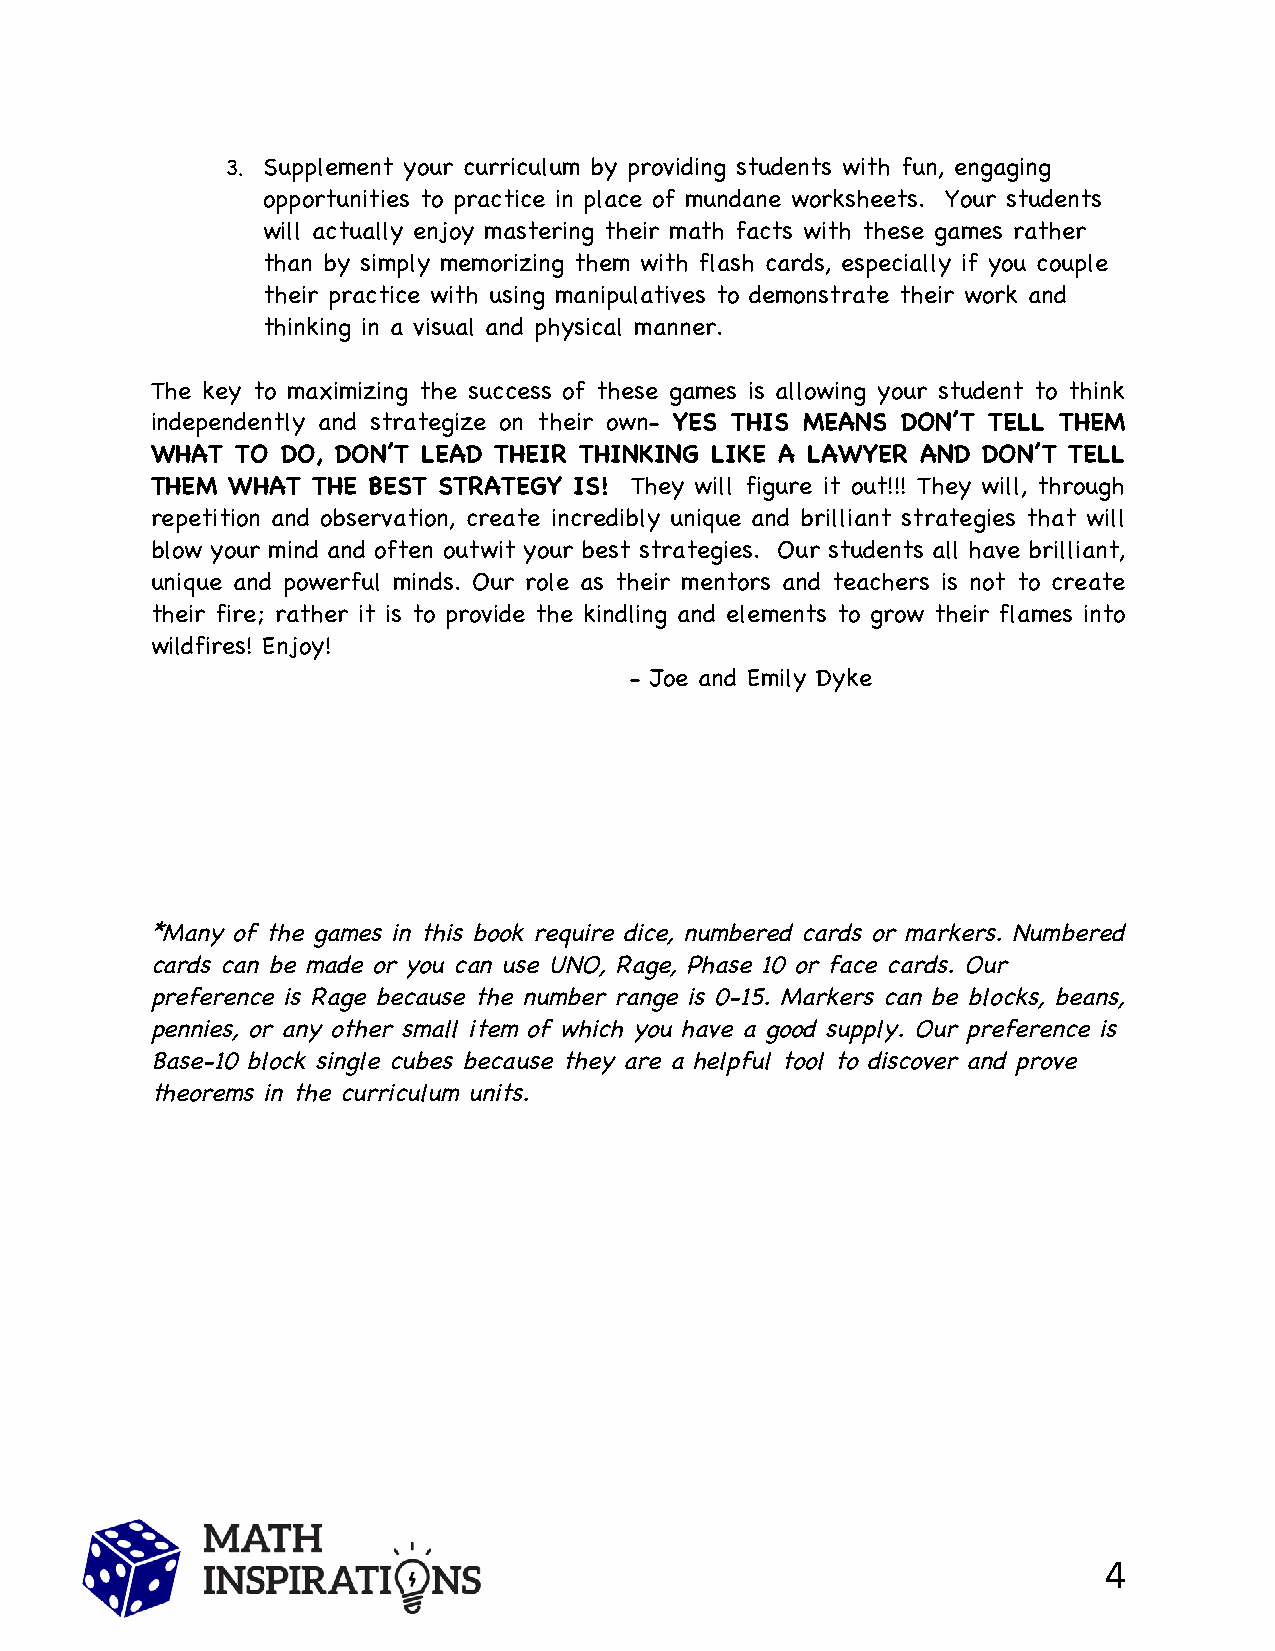
3. Supplement your curriculum by providing students with fun, engaging
 opportunities to practice in place of mundane worksheets. Your students
 will actually enjoy mastering their math facts with these games rather
 than by simply memorizing them with flash cards, especially if you couple
 their practice with using manipulatives to demonstrate their work and
 thinking in a visual and physical manner.
 The key to maximizing the success of these games is allowing your student to think
 independently and strategize on their own- YES THIS MEANS DON’T TELL THEM
 WHAT  TO DO, DON’T LEAD THEIR THINKING LIKE A LAWYER AND DON’T TELL
 THEM WHAT  THE BEST STRATEGY IS! They will figure it out!!! They will, through
 repetition and observation, create incredibly unique and brilliant strategies that will
 blow your mind and often outwit your best strategies. Our students all have brilliant,
 unique and powerful minds. Our role as their mentors and teachers is not to create
 their fire; rather it is to provide the kindling and elements to grow their flames into
 wildfires! Enjoy!
 - Joe and Emily Dyke
 *Many of the games in this book require dice, numbered cards or markers. Numbered
 cards can be made or you can use UNO, Rage, Phase 10 or face cards. Our
 preference is Rage because the number range is 0-15. Markers can be blocks, beans,
 pennies, or any other small item of which you have a good supply. Our preference is
 Base-10 block single cubes because they are a helpful tool to discover and prove
 theorems in the curriculum units.
 4